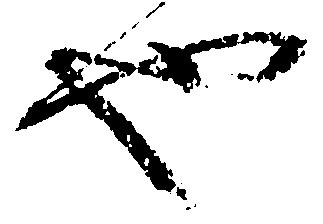
也